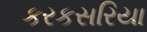
કરકસરિયા